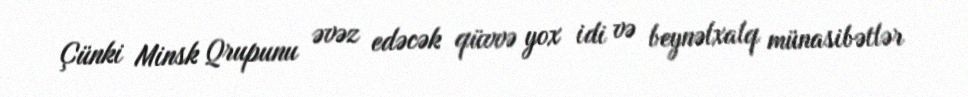
Çünki Minsk Qrupunu əvəz edəcək qüvvə yox idi və beynəlxalq münasibətlər